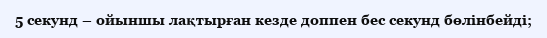
5 секунд – ойыншы лақтырған кезде доппен бес секунд бөлінбейді;